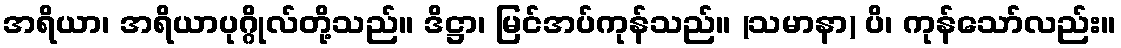
အရိယာ၊ အရိယာပုဂ္ဂိုလ်တို့သည်။ ဒိဋ္ဌာ၊ မြင်အပ်ကုန်သည်။ (သမာနာ) ပိ၊ ကုန်သော်လည်း။